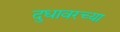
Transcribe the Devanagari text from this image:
दुधावरच्या